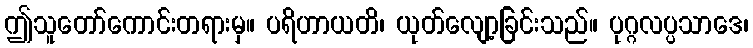
ဤသူတော်ကောင်းတရားမှ။ ပရိဟာယတိ၊ ယုတ်လျော့ခြင်းသည်။ ပုဂ္ဂလပ္ပသာဒေ၊